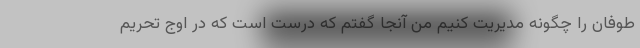
طوفان را چگونه مدیریت کنیم من آنجا گفتم که درست است که در اوج تحریم